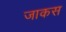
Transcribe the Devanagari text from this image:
जाकस